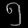
Digit: ၅